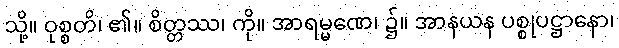
သို့။ ဝုစ္စတိ၊ ၏။ စိတ္တဿ၊ ကို။ အာရမ္မဏေ၊ ၌။ အာနယန ပစ္စုပဋ္ဌာနော၊